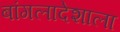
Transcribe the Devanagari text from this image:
बांगलादेशाला